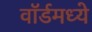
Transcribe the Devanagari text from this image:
वॉर्डमध्ये